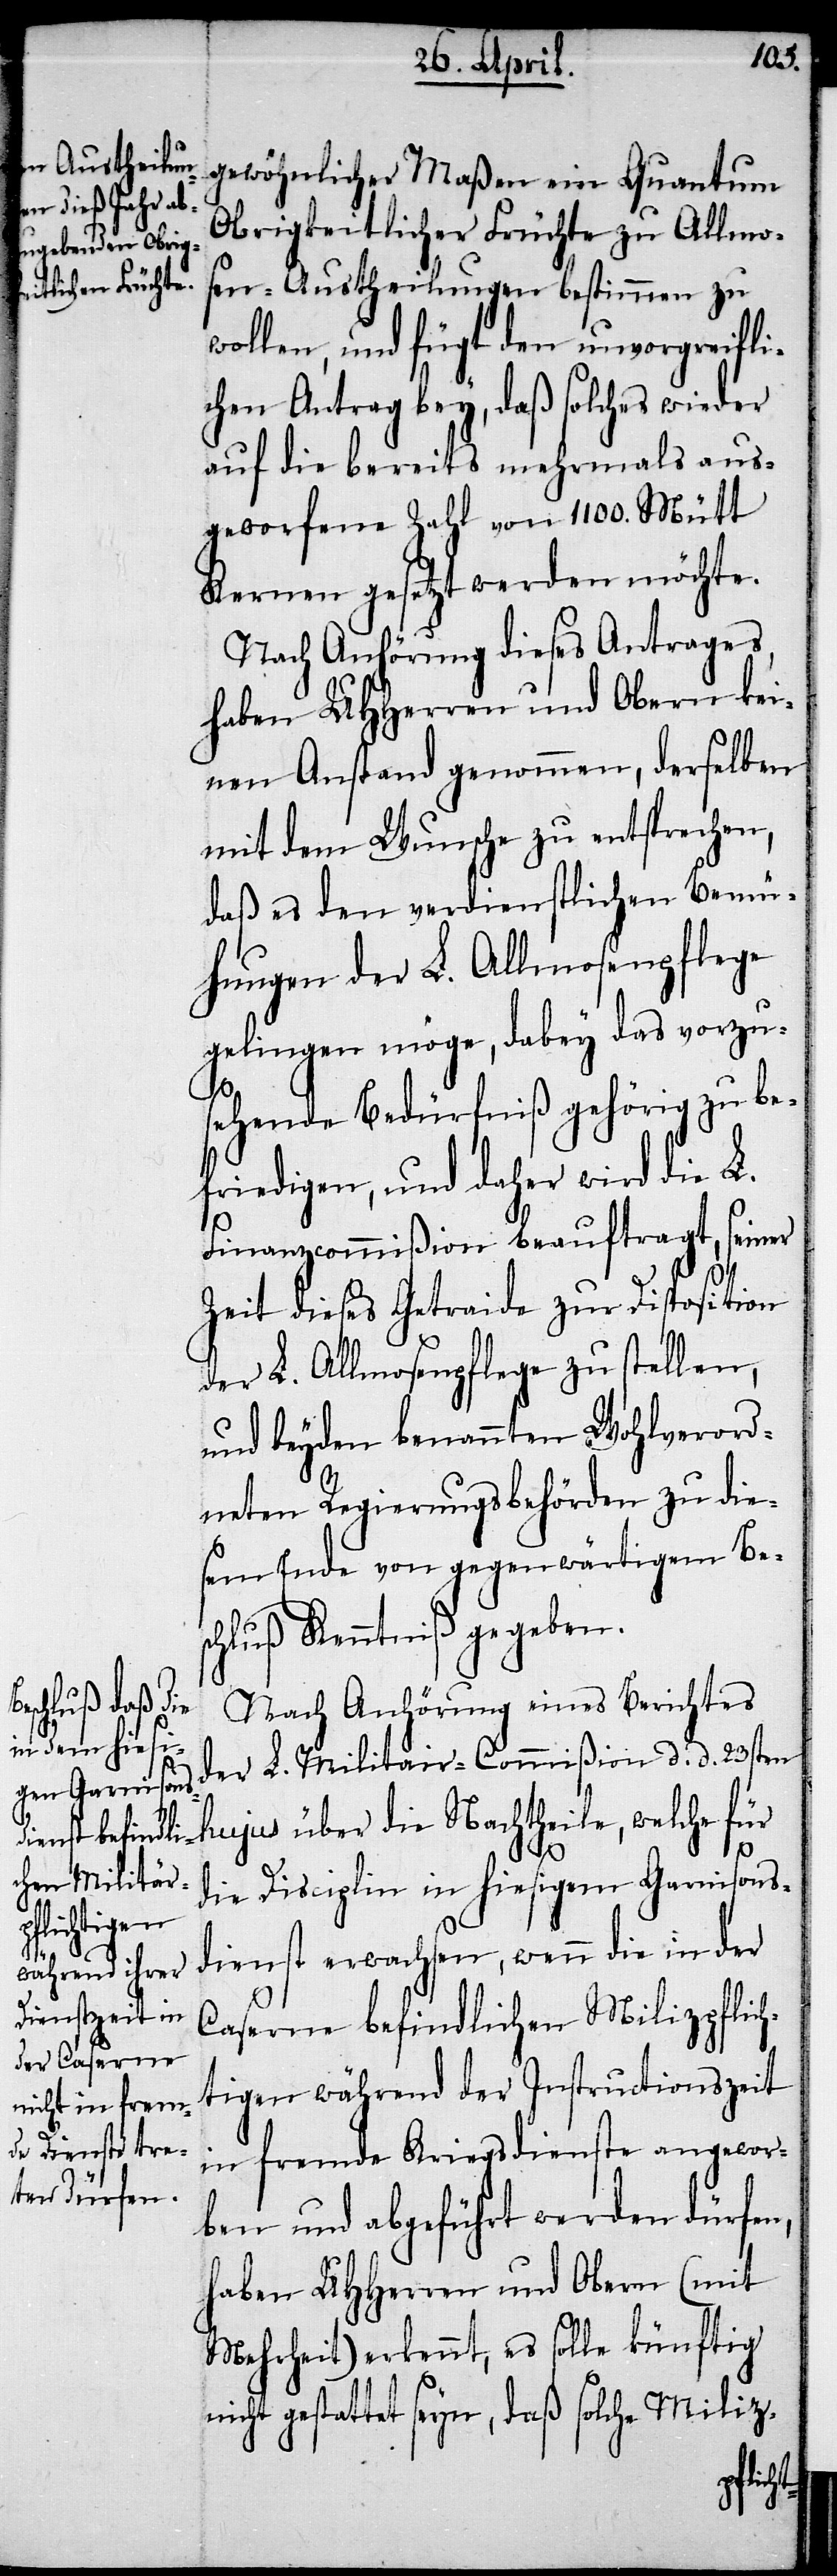
gewöhnlicher Maßen ein Quantum
Obrigkeitlicher Früchte zu Allmos¬
en-Austheilungen bestimmen zu
wollen, und fügt den unvorgreifli¬
chen Antrag bey, daß solches wieder
auf die bereits mehrmals aus¬
geworfene Zahl von 1100. Mütt
Kernen gesetzt werden möchte.
Nach Anhörung dieses Antrages,
haben UHHerren und Obern kei¬
nen Anstand genommen, derselben
mit dem Wunsche zu entsprechen,
daß es den verdienstlichen Bemü¬
hungen der L. Allmosenpflege
gelingen möge, dabey das vorzu¬
sehende Bedürfniß gehörig zu be¬
friedigen, und daher wird die L.
Finanzcommißion beauftragt, seiner
Zeit dieses Getraide zur Disposition
der L. Allmosenpflege zu stellen,
und beyden benannten Wohlverord¬
neten Regierungsbehörden zu die¬
sem Ende von gegenwärtigem Bes¬
chluß Kenntniß gegeben.
Nach Anhörung eines Berichtes
der L. Militair-Commißion d. d. 23sten
hujus über die Nachtheile, welche für
die Disciplin in hiesigem Garnisons¬
dienst erwachsen, wenn die in der
Caserne befindlichen Milizpflich¬
tigen während der Instructionszeit
in fremde Kriegsdienste angewor¬
ben und abgeführt werden dürfen,
haben UHHerren und Obern (mit
Mehrheit) erkennt, es solle künftig
nicht gestattet seyn, daß solche Miliz-